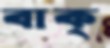
বাক্